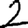
Digit: 2